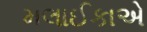
મલાઈકાએ